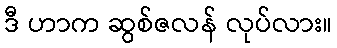
ဒီ ဟာက ဆွစ်ဇလန် လုပ်လား။